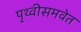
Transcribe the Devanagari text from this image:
पृथ्वीसमवेत